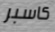
كاسبر